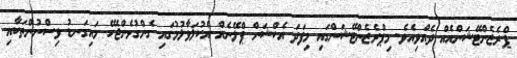
ޕްރެޒެންޓޭޝަންއެއް ދެއްވިއެވެ. މިޕްރެޒެންޓޭޝަންގައި މިފަދަ އެކްޝަން ޕްލޭނެއް އެކުލަވާލުމުގައި ގެންގުޅެންޖެހޭ މައިގަނޑު ވިސްނުންތަކާއި